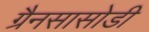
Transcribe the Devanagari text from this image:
ग्रैनसासोडी